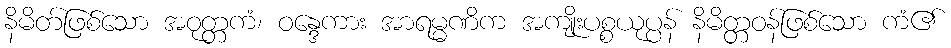
နိမိတ်ဖြစ်သော အဝုတ္တကံ၊ ဝန္ဒေကား အာရမ္မဏိက အကျိုးပစ္စယုပ္ပန် နိမိတ္တဝန်ဖြစ်သော ကံ၏